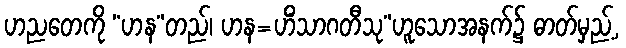
ဟညတေကို “ဟန”တည်၊ ဟန=ဟိံသာဂတီသု”ဟူသောအနက်၌ ဓာတ်မှည့်,